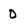
Character: O